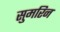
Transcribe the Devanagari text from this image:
सुमरिन